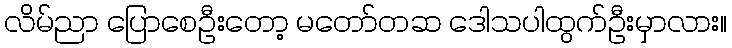
လိမ်ညာ ပြောစေဦးတော့ မတော်တဆ ဒေါသပါထွက်ဦးမှာလား။